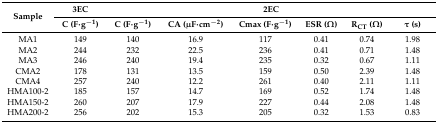
<table><thead><tr><td rowspan="2"><b>Sample</b></td><td><b>3EC</b></td><td colspan="6"><b>2EC</b></td></tr><tr><td><b>C (F·g<sup>−1</sup>)</b></td><td><b>C (F·g<sup>−1</sup>)</b></td><td><b>CA (μF·cm<sup>−2</sup>) </b></td><td><b>Cmax (F·g<sup>−1</sup>)</b></td><td><b>ESR (Ω)</b></td><td><b>R<sub>CT</sub> (Ω)</b></td><td><b>τ (s)</b></td></tr></thead><tbody><tr><td>MA1</td><td>149</td><td>140</td><td>16.9</td><td>117</td><td>0.41</td><td>0.74</td><td>1.98</td></tr><tr><td>MA2</td><td>244</td><td>232</td><td>22.5</td><td>236</td><td>0.41</td><td>0.71</td><td>1.48</td></tr><tr><td>MA3</td><td>246</td><td>240</td><td>19.4</td><td>235</td><td>0.32</td><td>0.67</td><td>1.11</td></tr><tr><td>CMA2</td><td>178</td><td>131</td><td>13.5</td><td>159</td><td>0.50</td><td>2.39</td><td>1.48</td></tr><tr><td>CMA4</td><td>257</td><td>240</td><td>12.2</td><td>261</td><td>0.40</td><td>2.11</td><td>1.11</td></tr><tr><td>HMA100-2</td><td>185</td><td>157</td><td>14.7</td><td>169</td><td>0.52</td><td>1.74</td><td>1.48</td></tr><tr><td>HMA150-2</td><td>260</td><td>207</td><td>17.9</td><td>227</td><td>0.44</td><td>2.08</td><td>1.48</td></tr><tr><td>HMA200-2</td><td>256</td><td>202</td><td>15.3</td><td>205</td><td>0.32</td><td>1.53</td><td>0.83</td></tr></tbody></table>